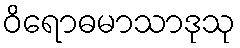
ဝိရောဓမာသာဒုသု